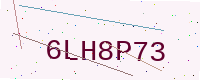
Text: 6LH8P73